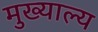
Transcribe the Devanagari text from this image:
मुख्याल्य